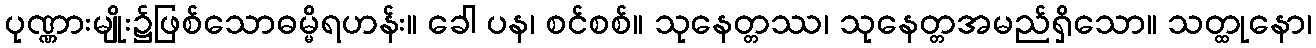
ပုဏ္ဏားမျိုး၌ဖြစ်သောဓမ္မိရဟန်း။ ခေါ ပန၊ စင်စစ်။ သုနေတ္တဿ၊ သုနေတ္တအမည်ရှိသော။ သတ္ထုနော၊